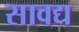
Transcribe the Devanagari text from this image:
सावद्य